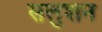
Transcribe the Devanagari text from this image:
सलुशन